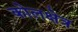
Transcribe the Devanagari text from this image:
कोलक्षेत्र